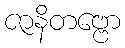
ဇာနိတဗ္ဗော